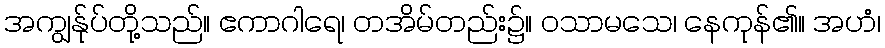
အကျွန်ုပ်တို့သည်။ ဧကာဂါရေ၊ တအိမ်တည်း၌။ ဝသာမသေ၊ နေကုန်၏။ အဟံ၊